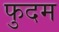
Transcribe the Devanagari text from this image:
फुदम